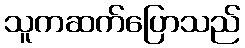
သူကဆက်ပြောသည်